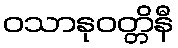
ဝသာနုဝတ္တိနီ